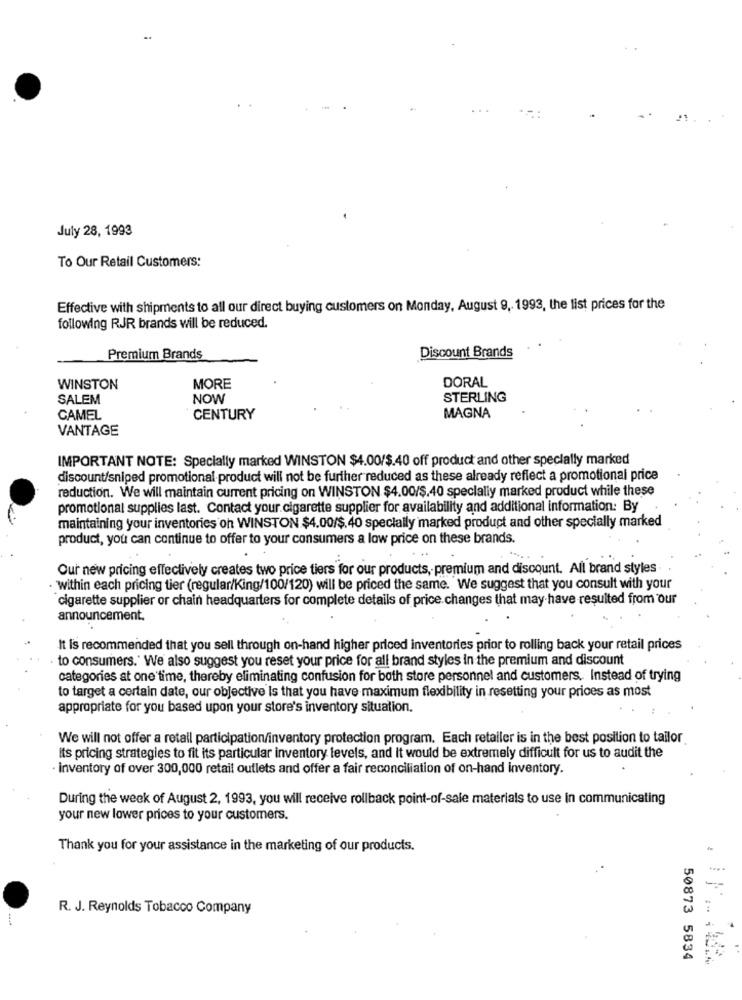
..
-
July 28, 1993
To Our Retail Customers:
Effective with shipments to all our direct buying customers on Monday, August 9, 1993, the list prices for the
following RJR brands will be reduced.
Premium Brands
Discount Brands
DORAL
WINSTON
MORE
SALEM
NOW
STERLING
CAMEL
CENTURY
MAGNA
VANTAGE
IMPORTANT NOTE: Specially marked WINSTON $4.00/$.40 off product and other specially marked
discount/sniped promotional product will not be further reduced as these already reflect a promotional price
reduction. We will maintain current pricing on WINSTON $4.00/$.40 specially marked product while these
promotional supplies last. Contact your.cigarette supplier for availability and additional information: By
maintaining your inventories on WINSTON $4.00/$ 40 specially marked product and other specially marked
product, you can continue to offer to your consumers a low price on these brands.
Our new pricing effectively creates two price tiers for our products, premium and discount. All brand styles
within each pricing tier (regular/King/100/120) will be priced the same. We suggest that you consult with your
cigarette supplier or chain headquarters for complete details of price.changes that may have resulted from our
announcement.
It is recommended that you sell through on-hand higher priced inventories prior to rolling back your retail prices
to consumers." We also suggest you reset your price for all brand styles in the premium and discount
categories at one time, thereby eliminating confusion for both store personnel and customers. Instead of trying
to target a certain date, our objective is that you have maximum flexibility in resetting your prices as most
appropriate for you based upon your store's inventory situation.
We will not offer a retail participation/inventory protection program. Each retailer is in the best position to tailor
Its pricing strategies to fit its particular inventory levels, and it would be extremely difficult for us to audit the
· inventory of over 300,000 retail outlets and offer a fair reconciliation of on-hand inventory.
During the week of August 2, 1993, you will receive rollback point-of-sale materials to use In communicating
your new lower prices to your customers.
Thank you for your assistance in the marketing of our products.
-
R. J. Reynolds Tobacco Company
50873 5834